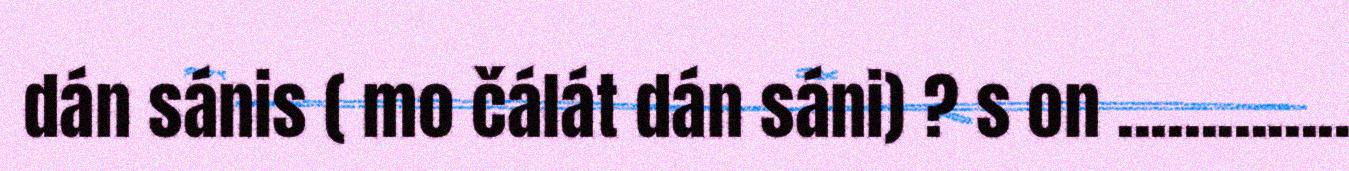
dán sánis ( mo čálát dán sáni) ? s on ..............